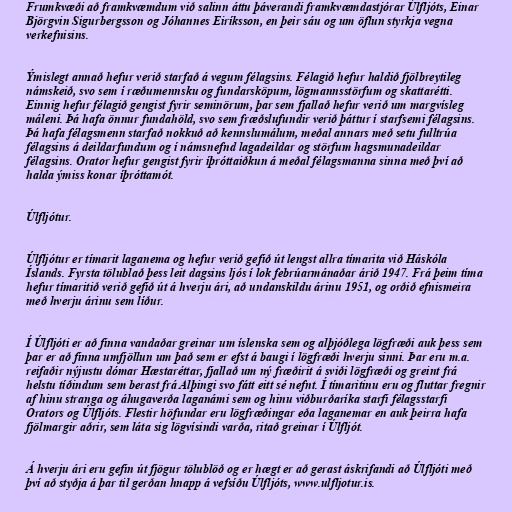
Frumkvæði að framkvæmdum við salinn áttu þáverandi framkvæmdastjórar Úlfljóts, Einar
Björgvin Sigurbergsson og Jóhannes Eiríksson, en þeir sáu og um öflun styrkja vegna
verkefnisins.

Ýmislegt annað hefur verið starfað á vegum félagsins. Félagið hefur haldið fjölbreytileg
námskeið, svo sem í ræðumennsku og fundarsköpum, lögmannsstörfum og skattarétti.
Einnig hefur félagið gengist fyrir seminörum, þar sem fjallað hefur verið um margvísleg
máleni. Þá hafa önnur fundahöld, svo sem fræðslufundir verið þáttur í starfsemi félagsins.
Þá hafa félagsmenn starfað nokkuð að kennslumálum, meðal annars með setu fulltrúa
félagsins á deildarfundum og í námsnefnd lagadeildar og störfum hagsmunadeildar
félagsins. Orator hefur gengist fyrir íþróttaiðkun á meðal félagsmanna sinna með því að
halda ýmiss konar íþróttamót.

Úlfljótur.

Úlfljótur er tímarit laganema og hefur verið gefið út lengst allra tímarita við Háskóla
Íslands. Fyrsta tölublað þess leit dagsins ljós í lok febrúarmánaðar árið 1947. Frá þeim tíma
hefur tímaritið verið gefið út á hverju ári, að undanskildu árinu 1951, og orðið efnismeira
með hverju árinu sem líður.

Í Úlfljóti er að finna vandaðar greinar um íslenska sem og alþjóðlega lögfræði auk þess sem
þar er að finna umfjöllun um það sem er efst á baugi í lögfræði hverju sinni. Þar eru m.a.
reifaðir nýjustu dómar Hæstaréttar, fjallað um ný fræðirit á sviði lögfræði og greint frá
helstu tíðindum sem berast frá Alþingi svo fátt eitt sé nefnt. Í tímaritinu eru og fluttar fregnir
af hinu stranga og áhugaverða laganámi sem og hinu viðburðaríka starfi félagsstarfi
Orators og Úlfljóts. Flestir höfundar eru lögfræðingar eða laganemar en auk þeirra hafa
fjölmargir aðrir, sem láta sig lögvísindi varða, ritað greinar í Úlfljót.

Á hverju ári eru gefin út fjögur tölublöð og er hægt er að gerast áskrifandi að Úlfljóti með
því að styðja á þar til gerðan hnapp á vefsíðu Úlfljóts, www.ulfljotur.is.